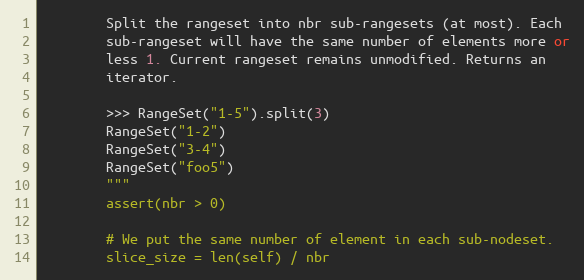
Language: Python
        Split the rangeset into nbr sub-rangesets (at most). Each
        sub-rangeset will have the same number of elements more or
        less 1. Current rangeset remains unmodified. Returns an
        iterator.

        >>> RangeSet("1-5").split(3)
        RangeSet("1-2")
        RangeSet("3-4")
        RangeSet("foo5")
        """
        assert(nbr > 0)

        # We put the same number of element in each sub-nodeset.
        slice_size = len(self) / nbr